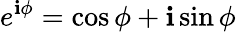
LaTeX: e^{\mathbf{i}\phi}=\cos\phi+\mathbf{i}\sin\phi